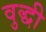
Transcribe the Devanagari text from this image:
वुद्धी